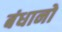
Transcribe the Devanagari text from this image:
बंधानो